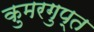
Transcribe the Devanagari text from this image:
कुमरगुप्त